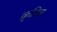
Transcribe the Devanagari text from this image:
क्रृत्रिम